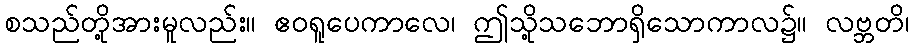
စသည်တို့အားမူလည်း။ ဧဝရူပေကာလေ၊ ဤသို့သဘောရှိသောကာလ၌။ လဗ္ဘတိ၊